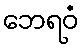
ဘေရဝံ